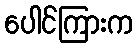
ပေါင်ကြားက